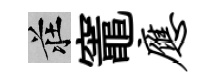
莊竈应